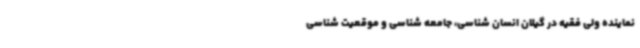
نماینده ولی فقیه در گیلان انسان شناسی، جامعه شناسی و موقعیت شناسی